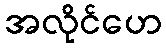
အလိုင်ဟေ